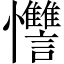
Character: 𱟚